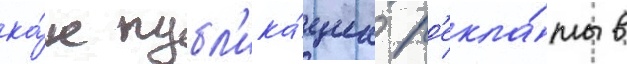
ка́к публ'ика́циа р'екла́мы в